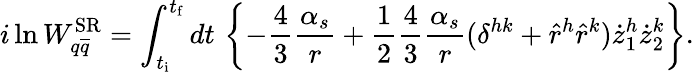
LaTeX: i\ln W_{q\overline{{{q}}}}^{\mathrm{SR}}=\int_{t_{\mathrm{i}}}^{t_{\mathrm{f}}}dt\, \left\{ -\frac{4}{3}\frac{\alpha_{s}}{r}+\frac{1}{2}\frac{4}{3}\frac{\alpha_{s}}{r}(\delta^{hk}+\hat{r}^{h}\hat{r}^{k})\dot{z}_{1}^{h}\dot{z}_{2}^{k}\right\} .